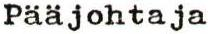
Pääjohtaja